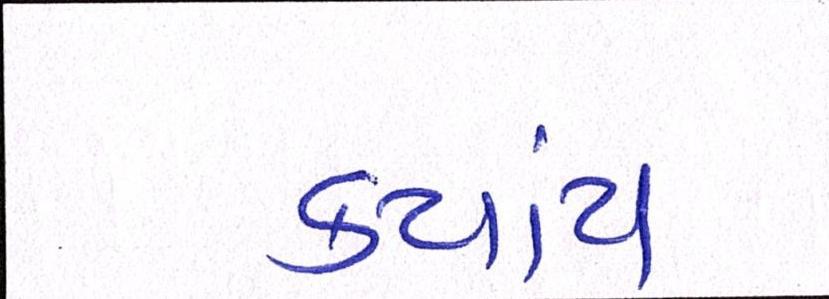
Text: કયાંય